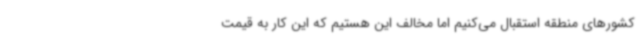
کشورهای منطقه استقبال می‌کنیم اما مخالف این هستیم که این کار به قیمت